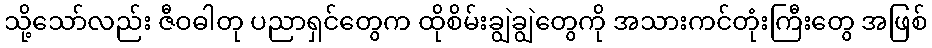
သို့သော်လည်း ဇီဝဓါတု ပညာရှင်တွေက ထိုစိမ်းချွဲချွဲတွေကို အသားကင်တုံးကြီးတွေ အဖြစ်